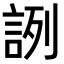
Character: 𧧋